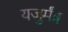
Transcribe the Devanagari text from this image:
यजुर्मंत्र